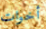
أخوات